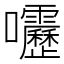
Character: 𫭁